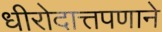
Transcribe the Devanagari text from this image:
धीरोदात्तपणाने